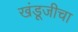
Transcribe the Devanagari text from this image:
खंडूजीचा